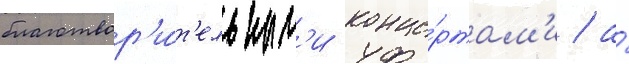
благотвор'и́т'ельным'и конце́ртам'и / а́